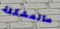
مالمشكلة